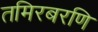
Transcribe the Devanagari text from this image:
तमिरबरणि